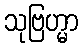
သုဗြဟ္မာ